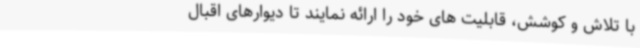
با تلاش و کوشش، قابلیت های خود را ارائه نمایند تا دیوارهای اقبال